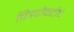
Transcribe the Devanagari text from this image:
चित्रचौकटीचे